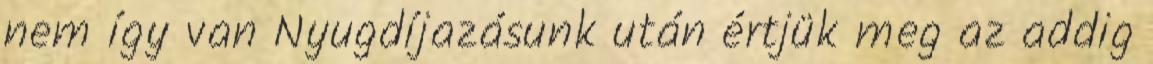
nem így van Nyugdíjazásunk után értjük meg az addig